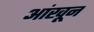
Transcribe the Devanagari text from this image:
आंखून